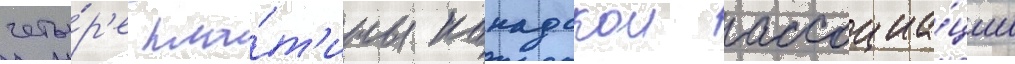
четы́р'е пла́т'ины канадскои ассоциа́ции